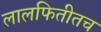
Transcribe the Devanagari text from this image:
लालफितीतच